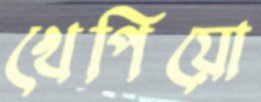
খেপিয়ো